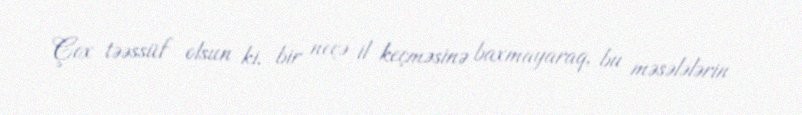
Çox təəssüf olsun ki, bir neçə il keçməsinə baxmayaraq, bu məsələlərin